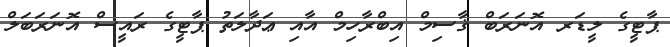
ޕާޓީގެ ލީޑަރ އޮނަރަބް ޤާސިމް އިބްރާހިމް އާއި ޢަދާލަތު ޕާޓީގެ ރައީސް އޮނަރަބަލް